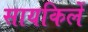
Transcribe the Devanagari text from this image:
सायकिलें